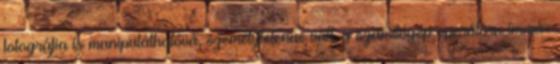
fotográfia is manipulálhatóvá, személytelenné vált, a számítógép operátora immár